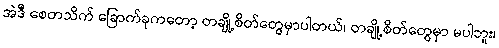
အဲဒီ စေတသိက် ခြောက်ခုကတော့ တချို့စိတ်တွေမှာပါတယ်၊ တချို့စိတ်တွေမှာ မပါဘူး၊